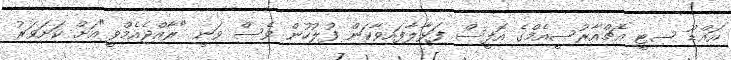
އައްޑޫ ސިޓީ އެޗްއާރުސީއެމްގެ އޮފީސް ފަޅާލާފައިވާކަން ފުލުހުން ވެސް ވަނީ "ރާއްޖެއެމްވީ"އަށް ކަށަވަރު